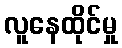
လူနေထိုင်မှု